Tezpur Lunatic Asylum reports 1877-1894 - 1877-1894
Year: 1877
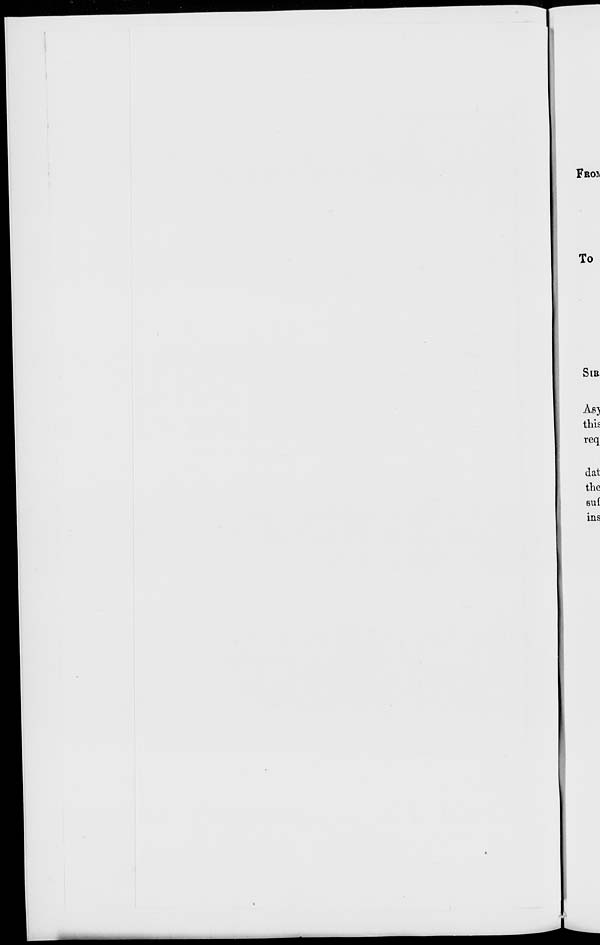
FROA
To
SlB
Aj3)
this
req
dat
the
ins